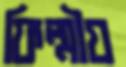
ফিল্মীয়